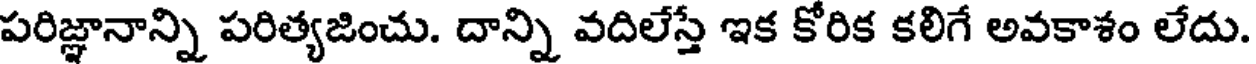
పరిజ్ఞానాన్ని పరిత్యజించు. దాన్ని వదిలేస్తే ఇక కోరిక కలిగే అవకాశం లేదు.